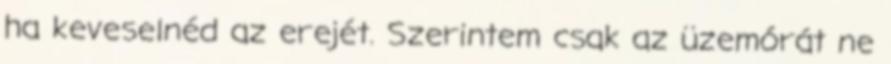
ha keveselnéd az erejét. Szerintem csak az üzemórát ne